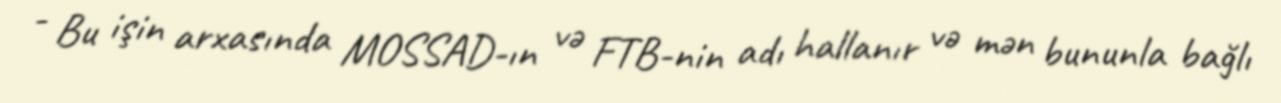
- Bu işin arxasında MOSSAD-ın və FTB-nin adı hallanır və mən bununla bağlı